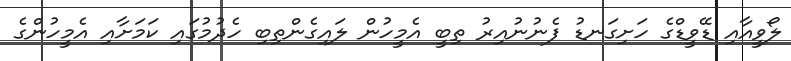
ލޯވީއާއި ޑޭވީޑްގެ ހަށިގަނޑު ފެނުނުއިރު ތިބީ އެމީހުން ލައިގެންތިބި ހެދުމުގައި ކަމަށާއި އެމީހުންގެ